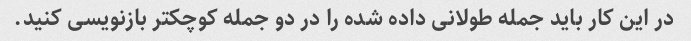
در این کار باید جمله طولانی داده شده را در دو جمله کوچکتر بازنویسی کنید.